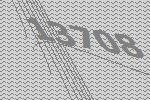
13708